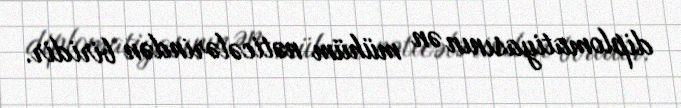
diplomatiyasının ən mühüm nəticələrindən biridir.